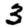
Digit: 3